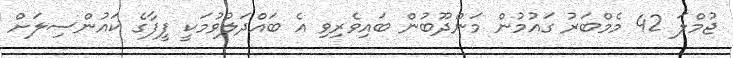
ޖުމްލަ 42 މެމްބަރު ގައުމުން މަންދޫބުން ބައިވެރިވި އެ ބައްދަލުވުމަކީ ފީފާގެ ކައުންސިލަށް